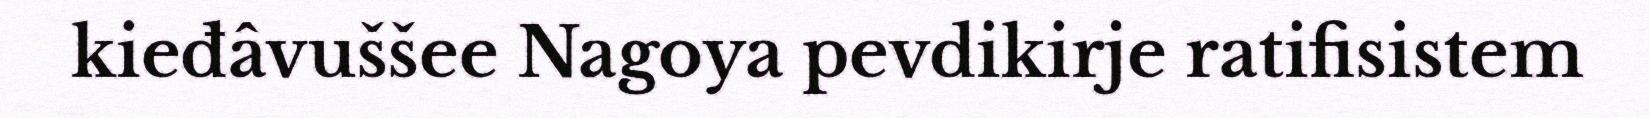
kieđâvuššee Nagoya pevdikirje ratifisistem